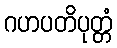
ဂဟပတိပုတ္တံ